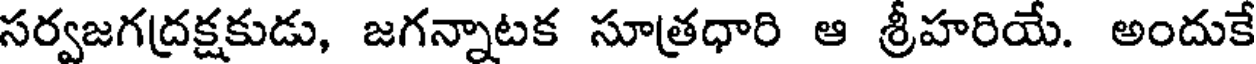
సర్వజగద్రక్షకుడు, జగన్నాటక సూత్రధారి ఆ శ్రీహరియే. అందుకే